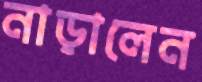
নাড়ালেন